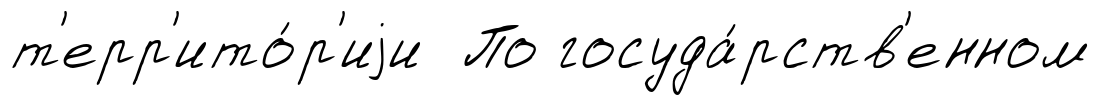
т'ерр'ито́р'иjи По госуда́рств'енном